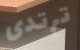
ترتدى